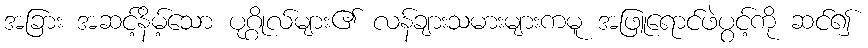
အခြား အဆင့်နိမ့်သော ပုဂ္ဂိုလ်များ၏ လန်ချားသမားများကမူ အဖြူရောင်ဖဲပွင့်ကို ဆင်၍